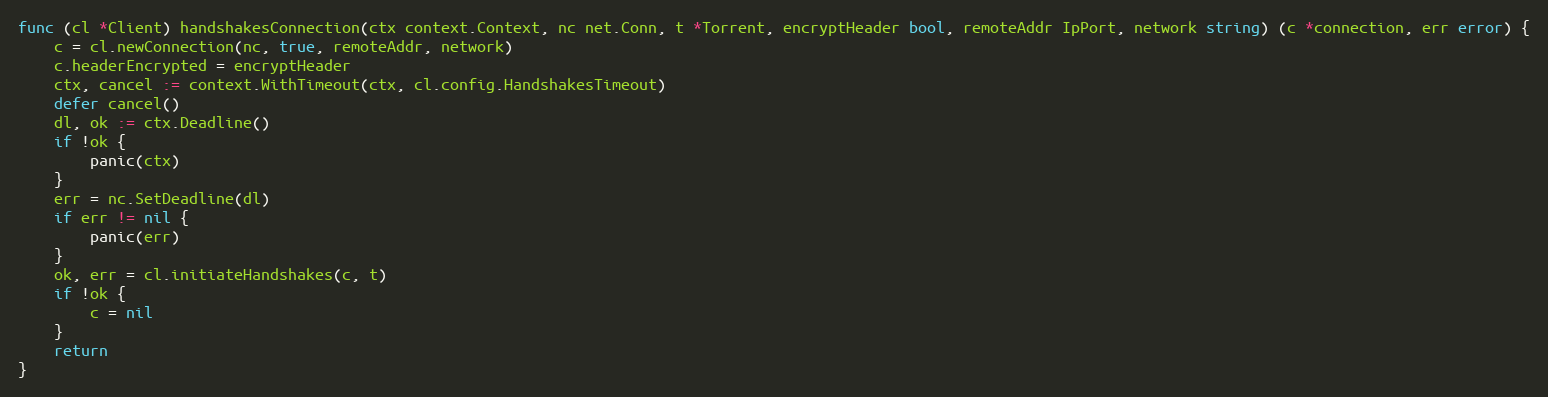
Language: Go
func (cl *Client) handshakesConnection(ctx context.Context, nc net.Conn, t *Torrent, encryptHeader bool, remoteAddr IpPort, network string) (c *connection, err error) {
	c = cl.newConnection(nc, true, remoteAddr, network)
	c.headerEncrypted = encryptHeader
	ctx, cancel := context.WithTimeout(ctx, cl.config.HandshakesTimeout)
	defer cancel()
	dl, ok := ctx.Deadline()
	if !ok {
		panic(ctx)
	}
	err = nc.SetDeadline(dl)
	if err != nil {
		panic(err)
	}
	ok, err = cl.initiateHandshakes(c, t)
	if !ok {
		c = nil
	}
	return
}